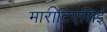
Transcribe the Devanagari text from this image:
माराटिएसिई